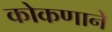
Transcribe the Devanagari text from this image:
कोकणाने